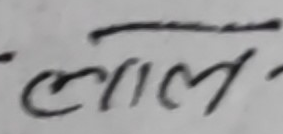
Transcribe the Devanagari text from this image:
लाल